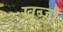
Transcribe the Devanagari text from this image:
खुब्जा